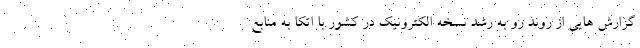
گزارش هایی از روند رو به رشد نسخه الکترونیک در کشور با اتکا به منابع